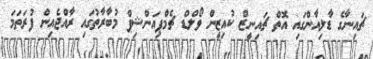
ޗައިނާގެ ޑާލިއާންގައި އޮތް ޗައިނީޒް ކުއިޒީން ވޯލްޑް ޗެމްޕިއަންޝިޕް މުބާރާތުގައި ރާއްޖެއިން ފުރަތަމަ